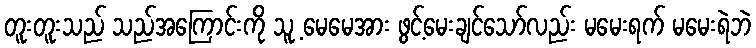
တူးတူးသည် သည်အကြောင်းကို သူ့ မေမေအား ဖွင့်မေးချင်သော်လည်း မမေးရက် မမေးရဲဘဲ